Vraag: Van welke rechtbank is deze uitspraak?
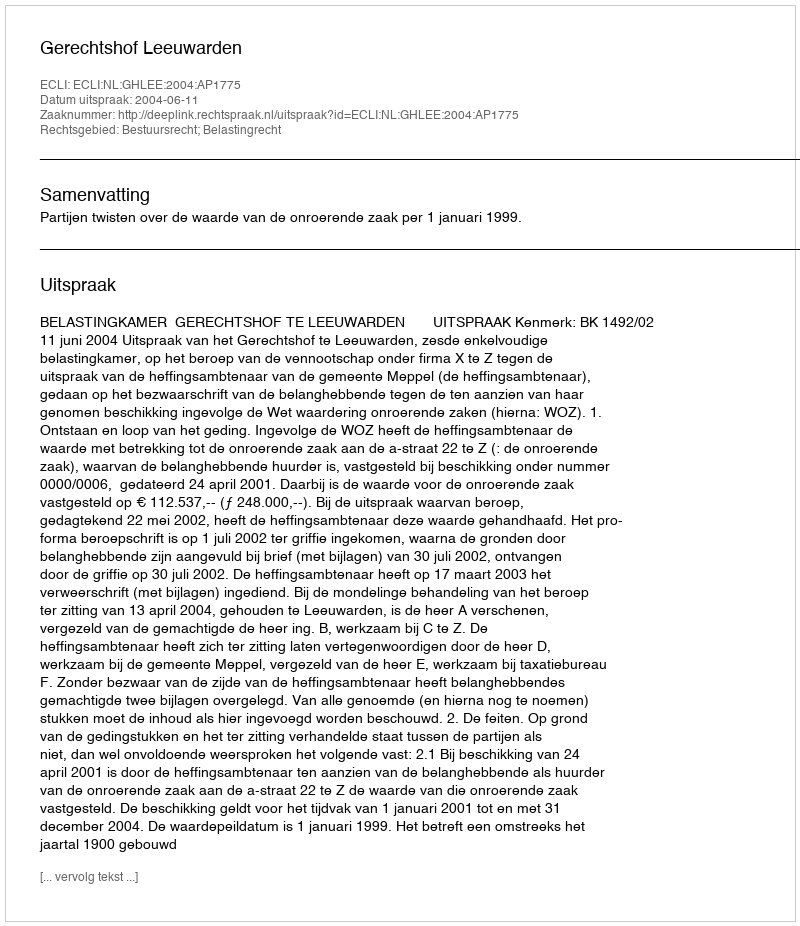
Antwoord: Gerechtshof Leeuwarden